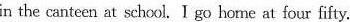
in the canteen at school.I go home at four fifty.